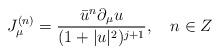
LaTeX: \begin{align*}J_{\mu}^{(n)}=\frac{\bar{u}^n \partial_{\mu}u}{(1+|u|^2)^{j+1}}, \quad n \in Z\end{align*}